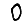
Digit: 0